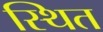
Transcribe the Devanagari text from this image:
स्थित